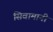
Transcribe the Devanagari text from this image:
सिवामानी